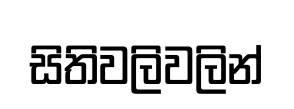
සිතිවලිවලින්